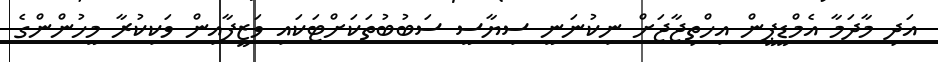
އަދި މާދަމާ އެމްޑީޕީން އިހްތިޖާޖަށް ނިކުނަނީ ސިޔާސީ ސަބުބުތަކަށްޓަކައި ވަޒީފާއިން ވަކިކުރާ މީހުންންގެ